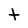
Character: t